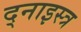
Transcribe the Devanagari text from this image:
द्नाइस्त्र